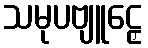
သမုပဗျူဠှေ